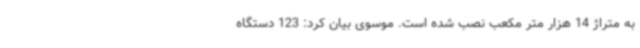
به متراژ 14 هزار متر مکعب نصب شده است. موسوی بیان کرد: 123 دستگاه